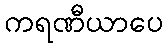
ကရဏီယာပေ